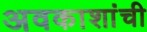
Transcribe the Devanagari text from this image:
अवकाशांची